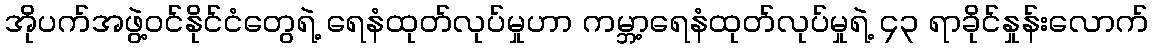
အိုပက်အဖွဲ့ဝင်နိုင်ငံတွေရဲ့ ရေနံထုတ်လုပ်မှုဟာ ကမ္ဘာ့ရေနံထုတ်လုပ်မှုရဲ့ ၄၃ ရာခိုင်နှုန်းလောက်